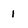
Character: 1